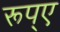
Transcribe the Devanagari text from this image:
रूप्ए